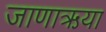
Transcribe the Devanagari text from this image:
जाणाऋया